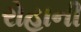
રોહાની